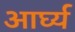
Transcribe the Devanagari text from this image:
आर्घ्य